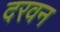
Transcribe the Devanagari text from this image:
दरवन